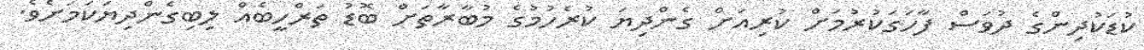
ކުޑަކުދިންގެ ދުވަސް ފާހަގަކުރުމަށް ކުރިއަށް ގެންދިޔަ ކުރެހުމުގެ މުބާރާތަށް ބޮޑު ތަރްހީބެއް ލިބިގެންދިޔަކަމަށެވެ.